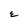
Character: E